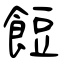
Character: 餖